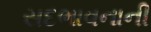
સદભાવનાની